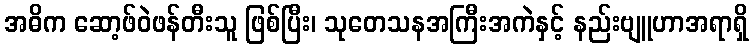
အဓိက ဆော့ဖ်ဝဲဖန်တီးသူ ဖြစ်ပြီး၊ သုတေသနအကြီးအကဲနှင့် နည်းဗျူဟာအရာရှိ